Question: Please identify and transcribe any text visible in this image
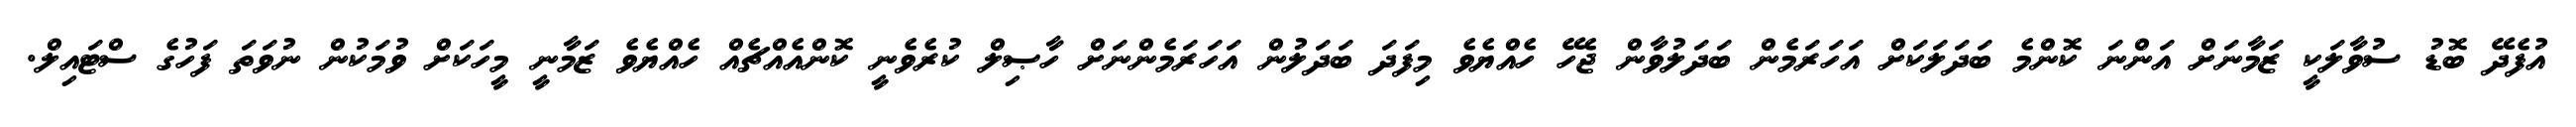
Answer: އުފެދޭ ބޮޑު ސުވާލަކީ ޒަމާނަށް އަންނަ ކޮންމެ ބަދަލަކަށް އަހަރަމެން ބަދަލުވާން ޖެހޭ ހެއްޔެވެ މިފަދަ ބަދަލުން އަހަރަމެންނަށް ހާޞިލް ކުރެވެނީ ކޮންއެއްޗެއް ހެއްޔެވެ ޒަމާނީ މީހަކަށް ވުމަކުން ނުވަތަ ފަހުގެ ސްޓައިލް.